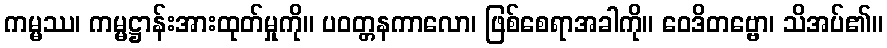
ကမ္မဿ၊ ကမ္မဋ္ဌာန်းအားထုတ်မှုကို။ ပဝတ္တနကာလော၊ ဖြစ်စေရာအခါကို။ ဝေဒိတဗ္ဗော၊ သိအပ်၏။